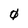
Character: 0